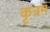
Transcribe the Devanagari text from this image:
कृत्रम